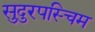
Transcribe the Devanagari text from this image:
सुदुरपस्चिम